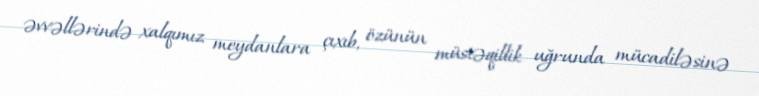
əvvəllərində xalqımız meydanlara çıxıb, özünün müstəqillik uğrunda mücadiləsinə